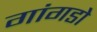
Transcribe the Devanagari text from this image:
गांगडोे